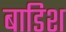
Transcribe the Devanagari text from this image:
बाडिश